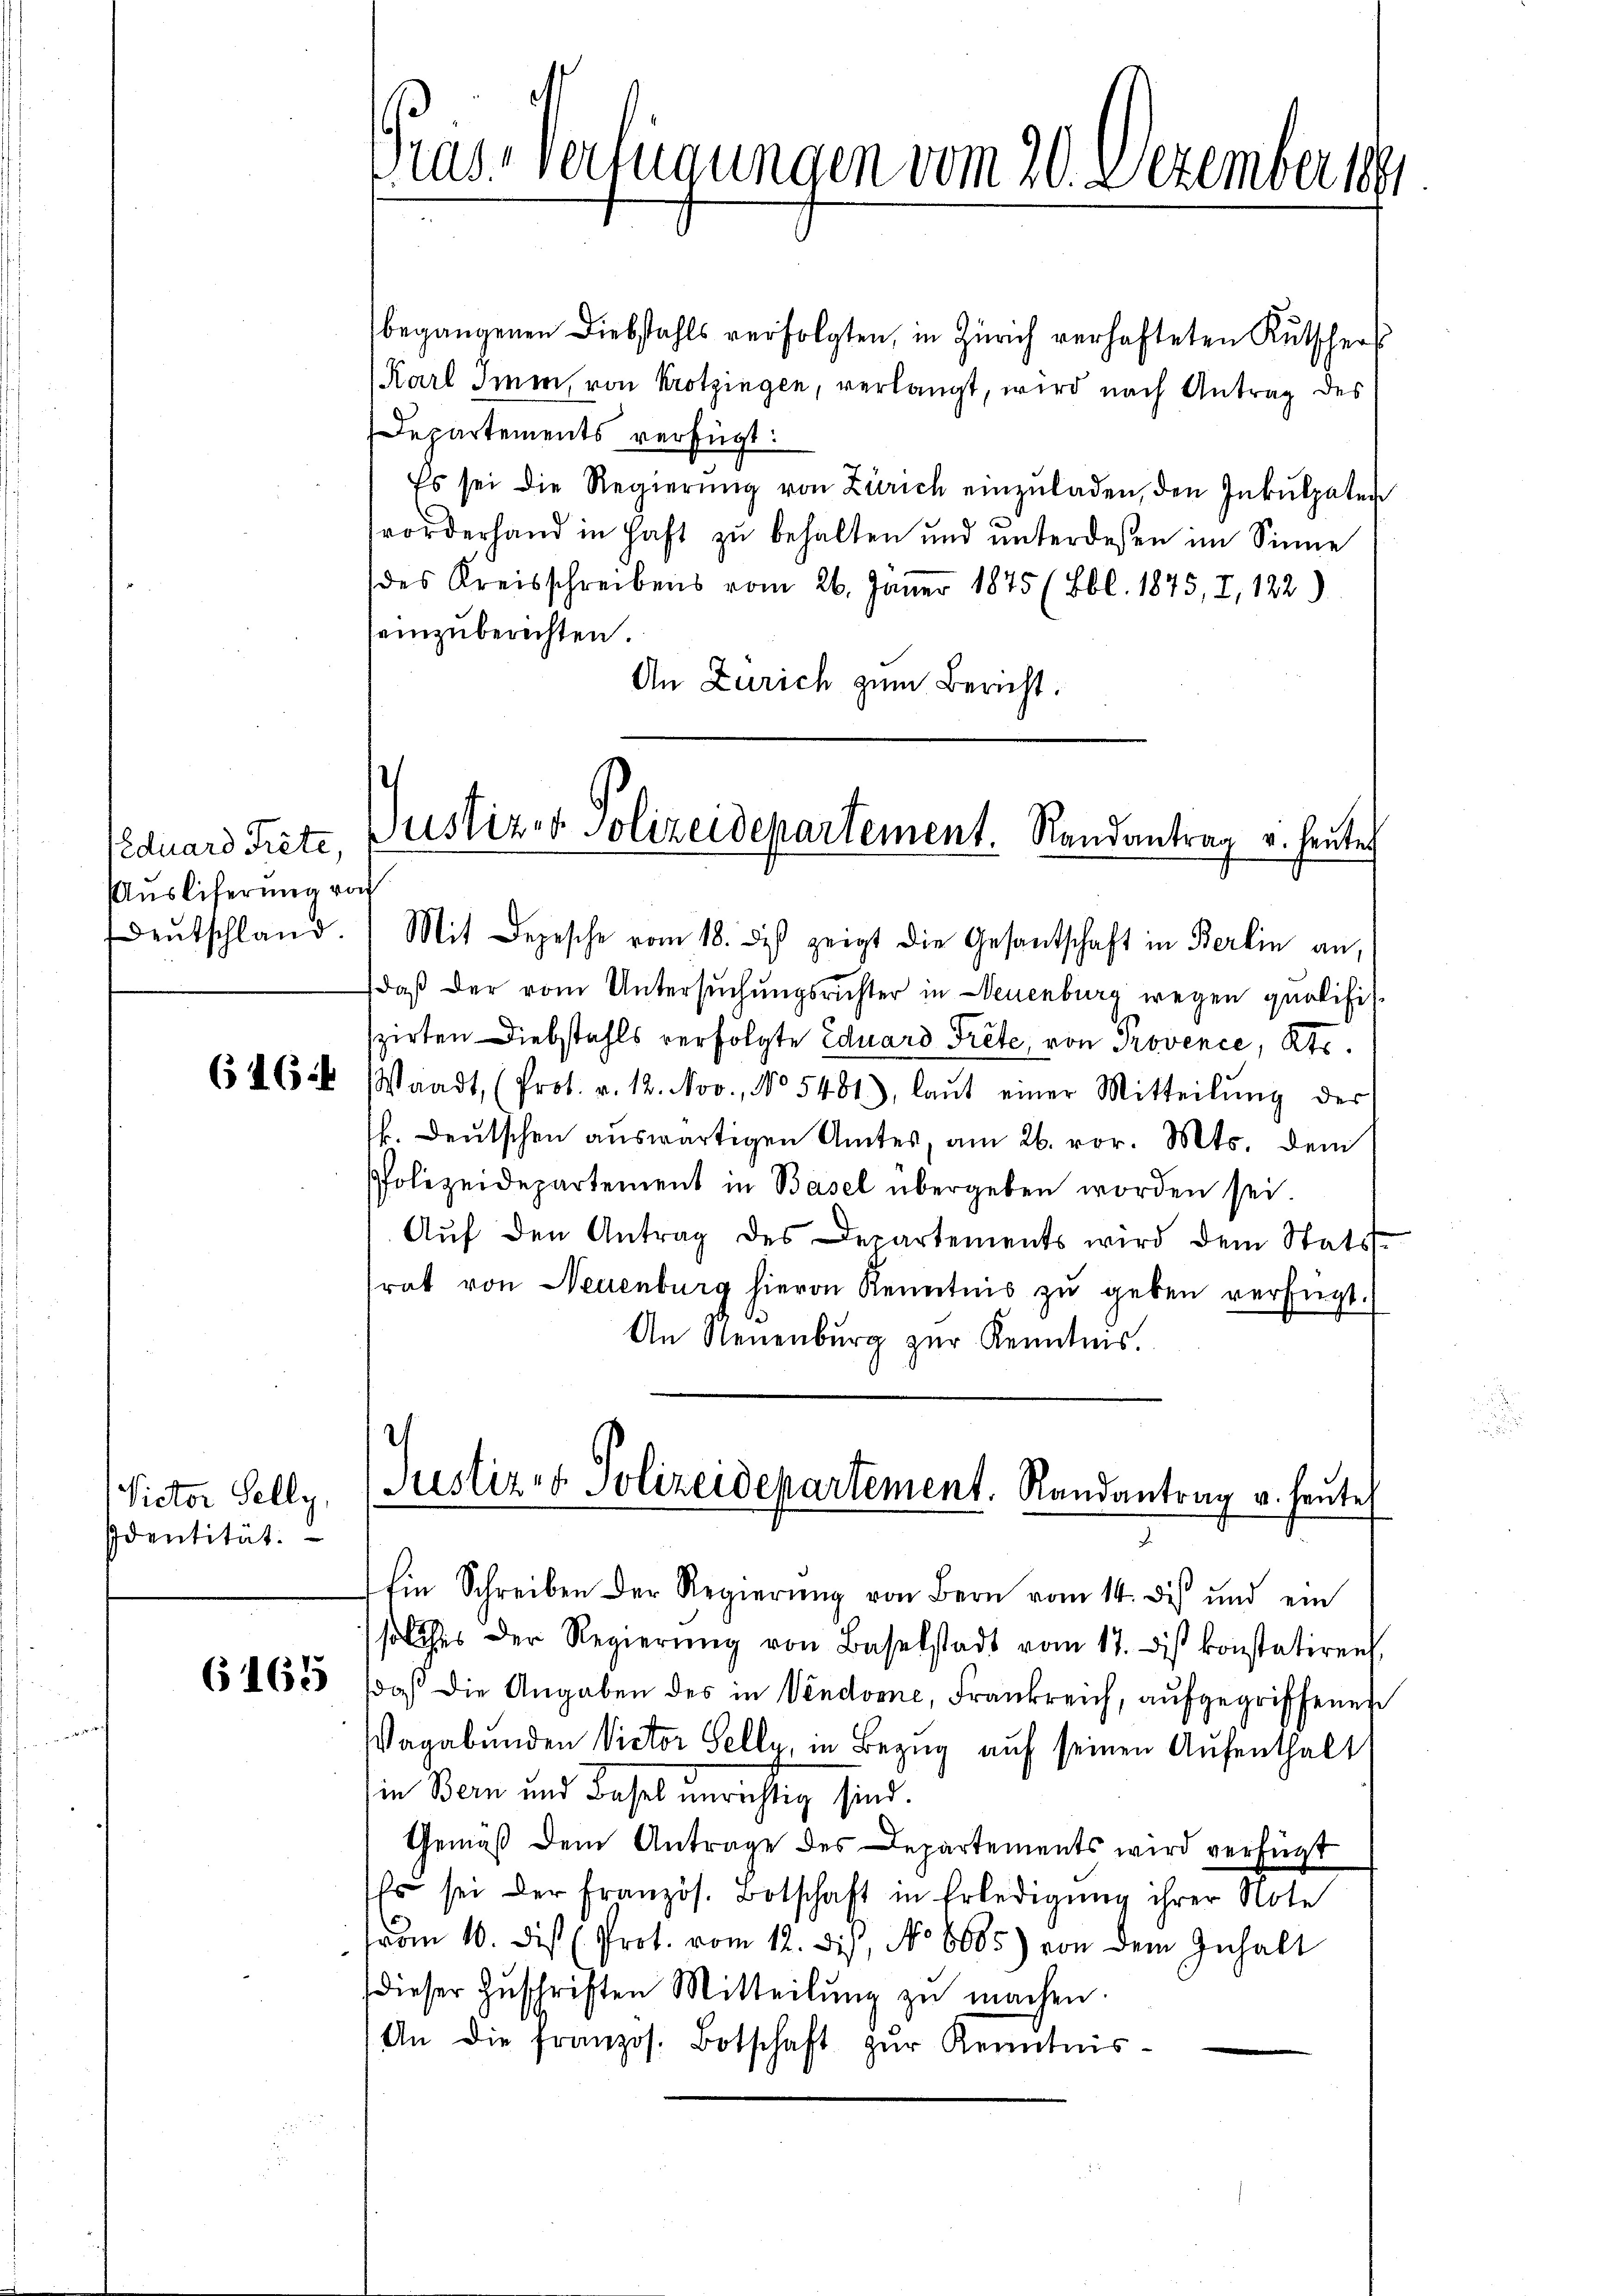
Eduard Trete,
Auslieferung von
Deutschland

646:

Victor Selly,
Identität.

6165

Dras, verfügungen vom 20. Dezember 1891

begangenen Diebstahls verfolgten, in Zürich verhafteten Kutschers
(Karl Imen, von Krotzingen, verlangt, wird nach Antrag des
Departements verfügt:
Es sei die Regierŭng von Zürich einzŭladen, den Inkulpaten
rorderhand in Haft zu behalten und unterdeßen im Sinne
des Kreisschreibens vom 26. Jäner 1875 (Bbl. 1875, I, 122)
seinzuberechten.
An Zürich zum Bericht.
Mit Depesche vom 18. des zeigt die Gesantschaft in Berlin an,
daß der vom Untersuchungsrichter in Neuenburg wegen qualifiszirten Diebstahls verfolgte Eduard Trete von Provence, Kts.
Waadt, (Prot. v. 12. Nov., No 5481), laŭt einer Mitteilŭng der
k. Deutschen auswärtigen Amtes, am 26. vor. Mts. dem
Polizeidepartement in Basel übergeben worden sei
Aŭf den Antrag des Departements wird dem Stats-
srat von Neuenburg hievon Kenntnis zŭ geben verfügt.
An Neuenburg zŭr Kenntnis.
Justiz- & Polizeidepartement. Randantrag v. heute
Ein Schreiben der Regierung von Bern vom 14. des und ein
solches der Regierŭng von Baselstadt vom 17. des konstatiren,
daß die Angaben des in Vendonne, Frankreich, aufgegriffenen
Vagabunden Victor Selly, in Bezug auf seinen Aufenthalt
in Bern und Basel unrichtig sind.
Gemäß dem Antrage des Departements wird verfügt
Es sei der Französ. Botschaft in Erledigŭng ihrer Note
trom 10. des Prot. vom 12. dis, No 8605) von dem Inhalt
dieser Zŭschriften Mitteilŭng zu machen.
An die französ. Botschaft zŭr Kenntnis-

s
Justizer Polizeidepartement. Randantrag v. heute